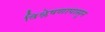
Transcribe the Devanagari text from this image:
विश्लेषणापासून